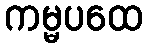
ကမ္မပထေ